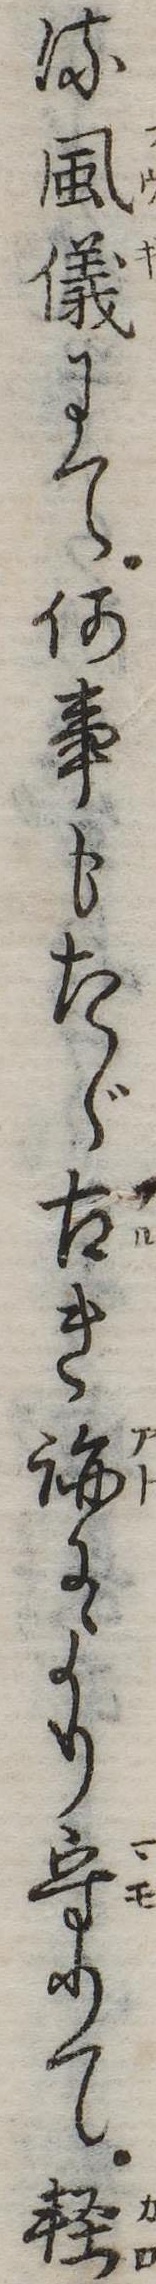
る風儀にて何事もたゞ古き跡により守りて軽